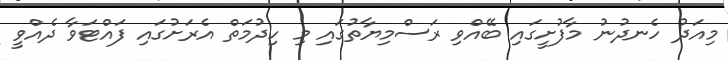
މިއަދު ހެނދުނު މާފުށީގައި ބޭއްވި ރަސްމިޔާތުގައި މި ހިދުމަތް އެރަށުގައި ފައްޓަވާ ދެއްވީ